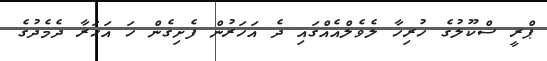
ޕްރީ ސްކޫލުގެ ހުރިހާ ލެވެލްއެއްގައި ދެ އަހަރުން ފެށިގެން ހަ އަހަރާ ދެމެދުގެ